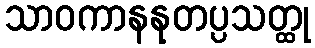
သာဝကာနနုတပ္ပသတ္ထု